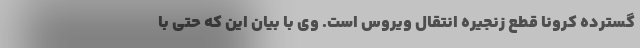
گسترده کرونا قطع زنجیره انتقال ویروس است. وی با بیان این که حتی با